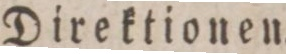
Direktionen.